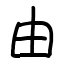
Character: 由